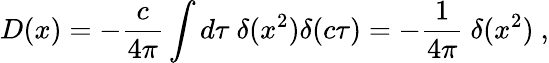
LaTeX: D(x)=-{\frac{c}{4\pi}}\int d\tau\ \delta(x^{2})\delta(c\tau)=-{\frac{1}{4\pi}}\ \delta(x^{2})\ ,